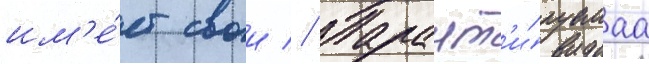
им'е́ет свои // Гарант'и́руемаа